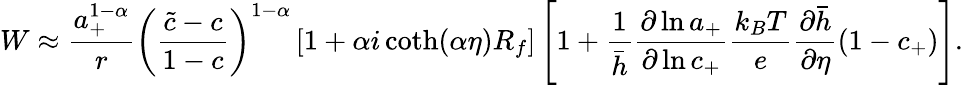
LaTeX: W\approx\frac{a_{+}^{1-\alpha}}{r}\left(\frac{\tilde{c}-c}{1-c}\right)^{1-\alpha}\left[1+\alpha i\coth({\alpha\eta})R_{f}\right]\left[1+\frac{1}{\bar{h}}\frac{\partial\ln{a_{+}}}{\partial\ln{c_{+}}}\frac{k_{B}T}{e}\frac{\partial\bar{h}}{\partial\eta}(1-c_{+})\right].